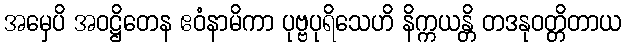
အမှေပိ အဝဋ္ဌိတေန ဧဝံနာမိကာ ပုဗ္ဗပုရိသေဟိ နိက္ကယန္တိ တဒနုဝတ္တိတာယ